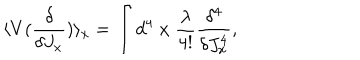
LaTeX: \langle V ( \frac { \delta } { \delta J _ { x } } ) \rangle _ { x } = \int d ^ { 4 } \; x \; \frac { \lambda } { 4 ! } \frac { \delta ^ { 4 } } { \delta J _ { x } ^ { 4 } } ,